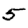
Digit: 5